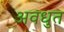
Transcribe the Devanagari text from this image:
अवधुत